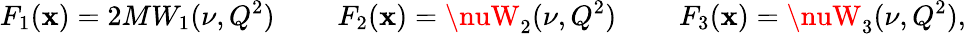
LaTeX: F_{1}(\mathbf{x})=2MW_{1}(\nu,Q^{2})\; \; \; \; \; \; \; \; F_{2}(\mathbf{x})=\nuW_{2}(\nu,Q^{2})\; \; \; \; \; \; \; \; F_{3}(\mathbf{x})=\nuW_{3}(\nu,Q^{2}),